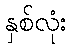
နှစ်လုံး